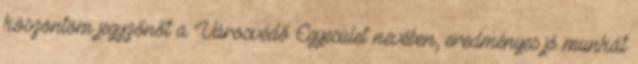
köszöntöm jegyzőnőt a Városvédő Egyesület nevében, eredményes jó munkát